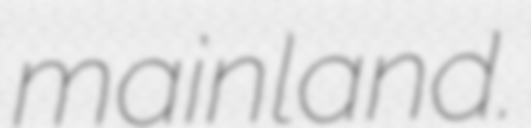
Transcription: mainland.